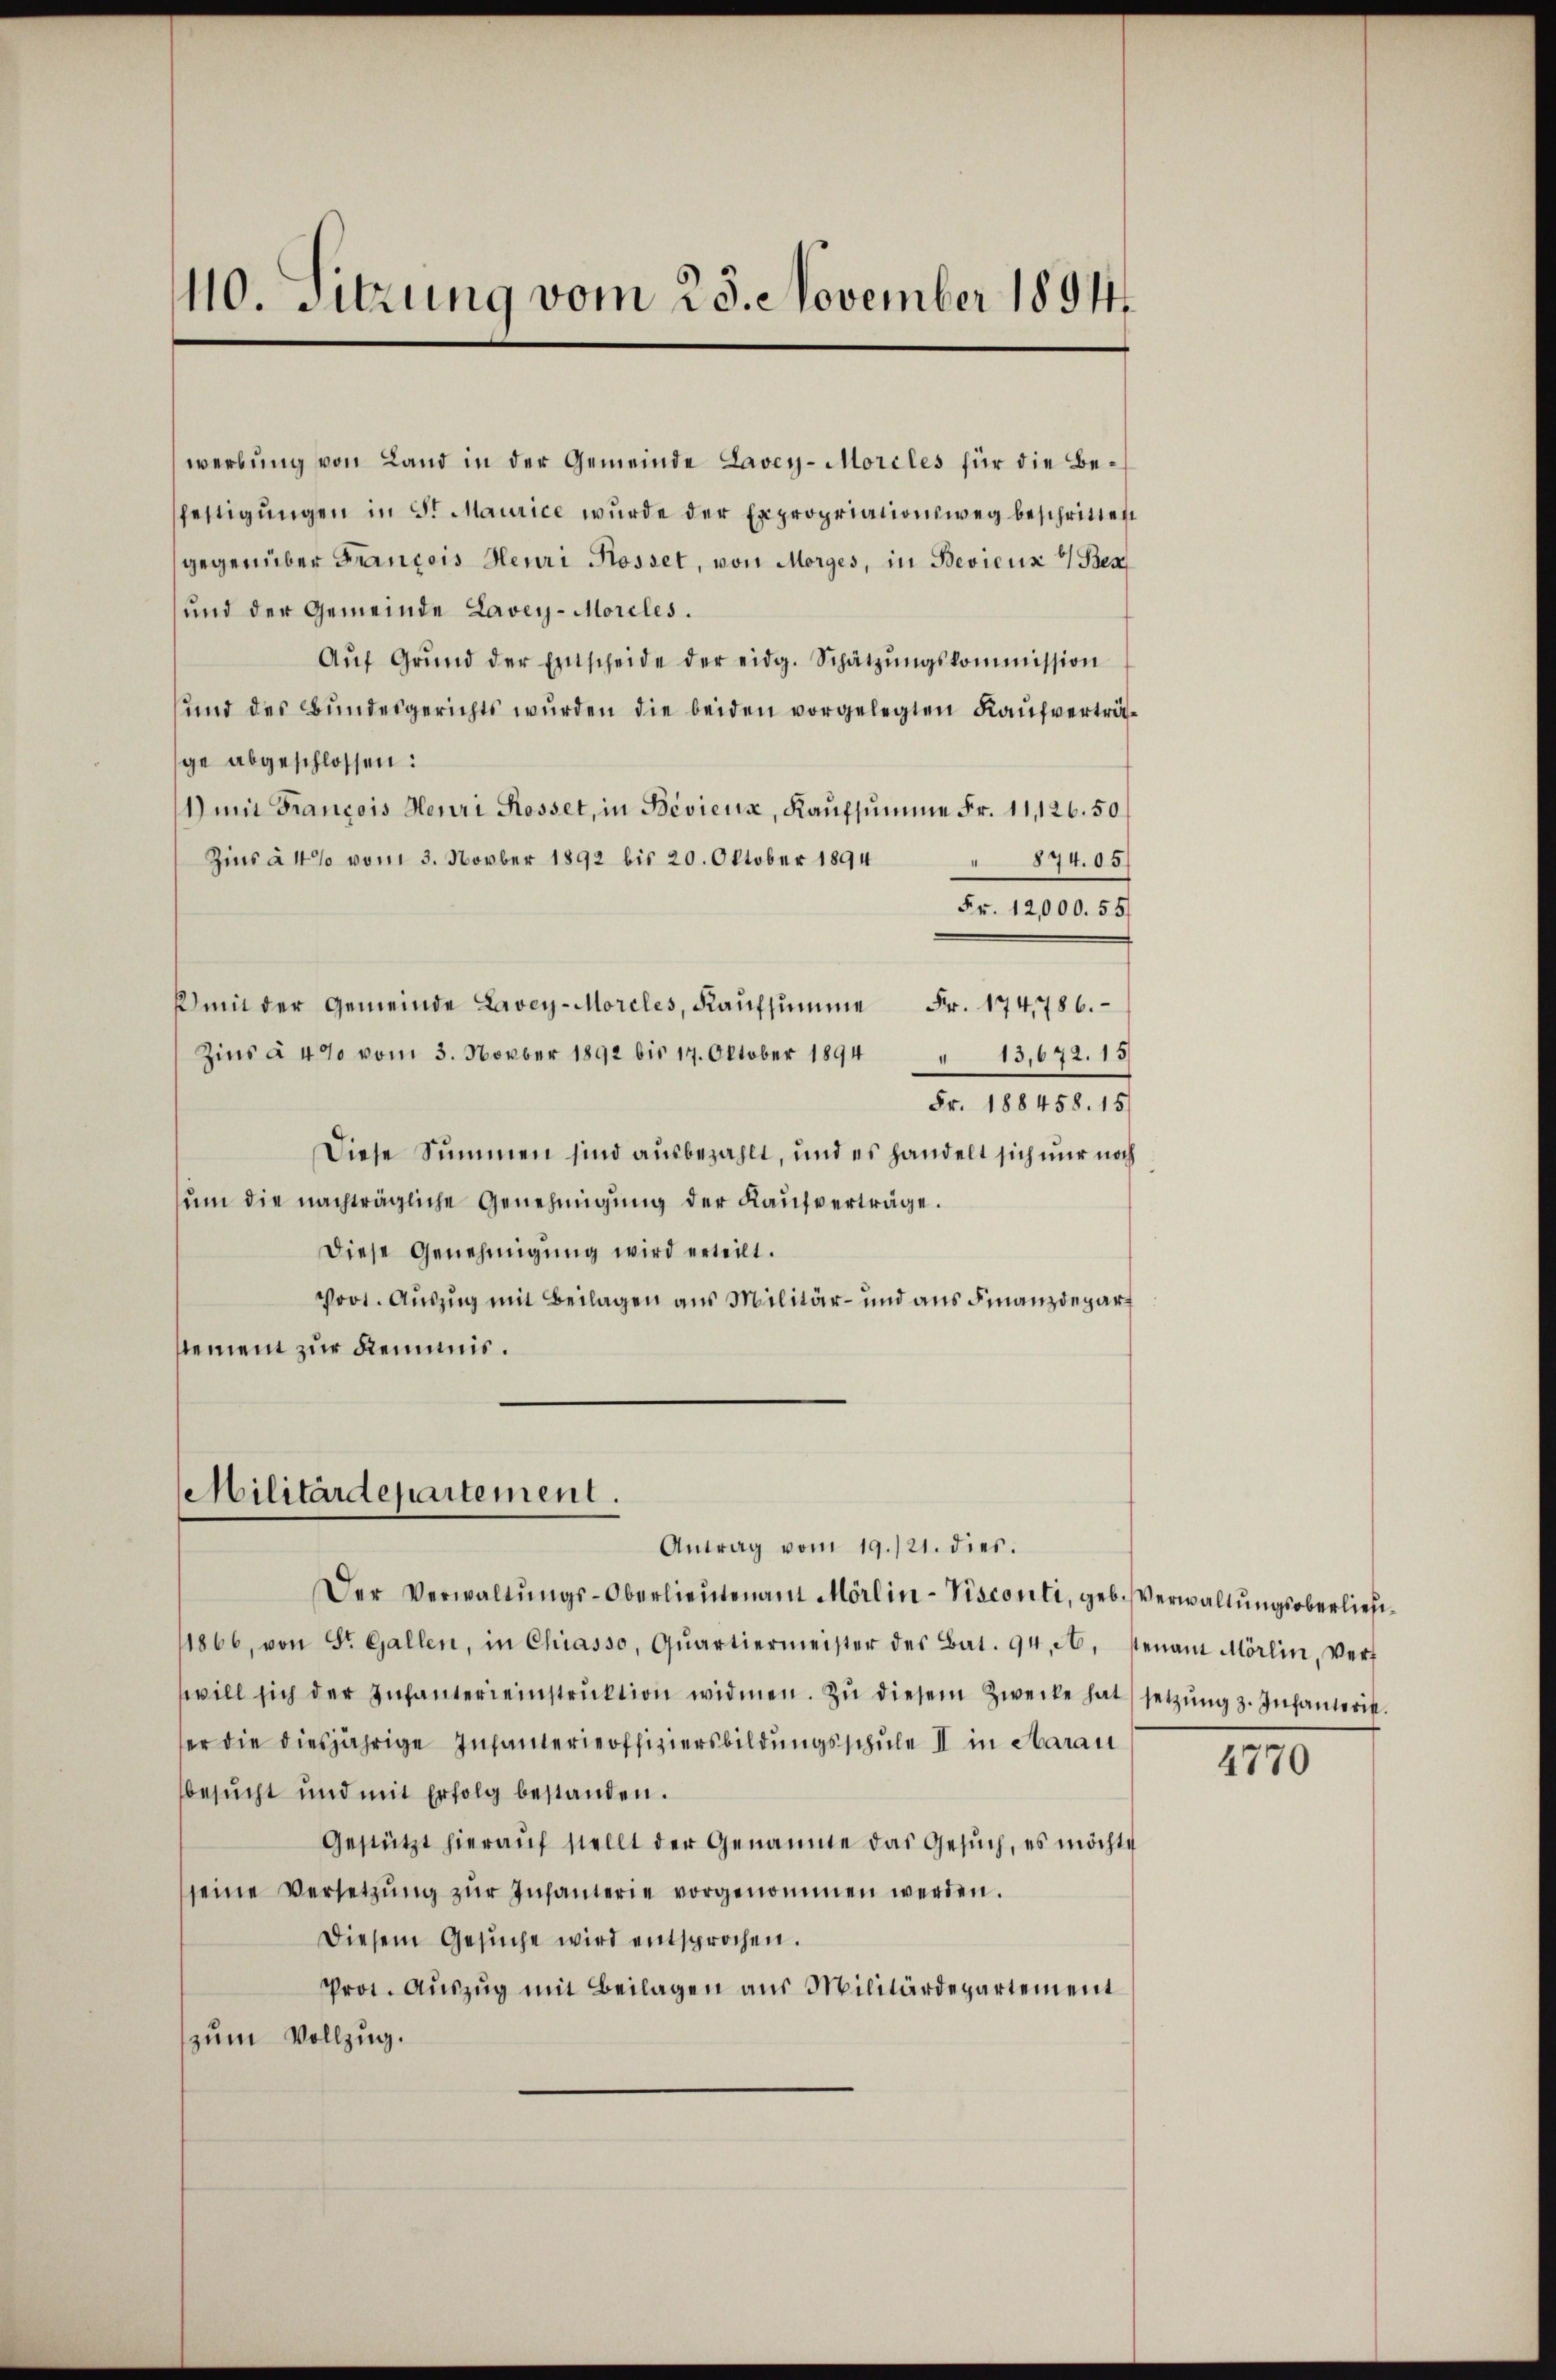
110. Sitzung vom 23. November 1894

werbung von Land in der Gemeinde Lavey-Morcles für die Befestigŭngen in St. Maurice wurde der Expropriationsweg beschritten
gegenüber Francois Heuri Rosset, von Morges, in Beviens & Bes
und der Gemeinde Lavey-Moreles.
Aŭf Grŭnd der Entscheide der eidg. Schätzŭngskommission
und des Bundesgerichts wurden die beiden vorgelegten Kaufverträge abgeschlossen:
11) mit François Henri Rosset, in Beviens, Kaŭfsŭmme Fr. 11,126. 50
Zins à 4% vom 3. Novber 1892 bis 20. Oktober 1894
874. 05
Fr. 12,000. 55.
k mit der Gemeinde Lavey-Morcles, Kaŭfsŭmme Fr. 174,786.
Zins à 4% vom 3. Novber 1892 bis 17. Oktober 1894
" 13,672. 15
Fr. 188458. 15
Diese Summen sind ausbezahlt, und es handelt sich nur noch
ŭm die nachträgliche Genehmigŭng der Kaŭfverträge.
diese Genehmigŭng wird erteilt.
Poot. Auszug mit Beilagen aus Militär- und aus Finanzdepart
stement zur Reminis.

Militärdepartement.
Antrag vom 19./21. dies.

Der Verwaltŭngs-Oberlieŭtenant Mörlin-Visconti, geb. Verwaltŭngsoberlief-
11866, von St. Gallen, in Chiasso, Qŭartiermeister des Bat. 94. A. stenant Mörlin, Verf
swill sich der Infantereinstrŭktion widmen. Zŭ diesem Zwecke hat setzŭng z. Infanterit.
er die diesjährige Infanterieoffiziersbildungsschule II in Aarau
besucht und mit Erfolg bestanden.
Gestützt hierauf stellt der Genannte das Gesuch, es möchte
seine Versetzŭng zŭr Infanterie vorgenommen werden.
Diesem Gesŭche wird entsprochen.
Prot. Aŭszŭg mit Beilagen aus Militärdepartement
zum Vollzug.

4770